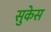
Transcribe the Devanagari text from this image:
सुकेस